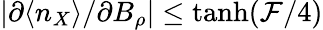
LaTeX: |\partial\langle n_{X}\rangle/\partial B_{\rho}|\leq\operatorname{tanh}(\mathcal{F}/4)